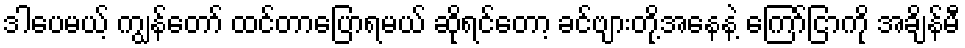
ဒါပေမယ့် ကျွန်တော် ထင်တာပြောရမယ် ဆိုရင်တော့ ခင်ဗျားတို့အနေနဲ့ ကြော်ငြာကို အချိန်မီ